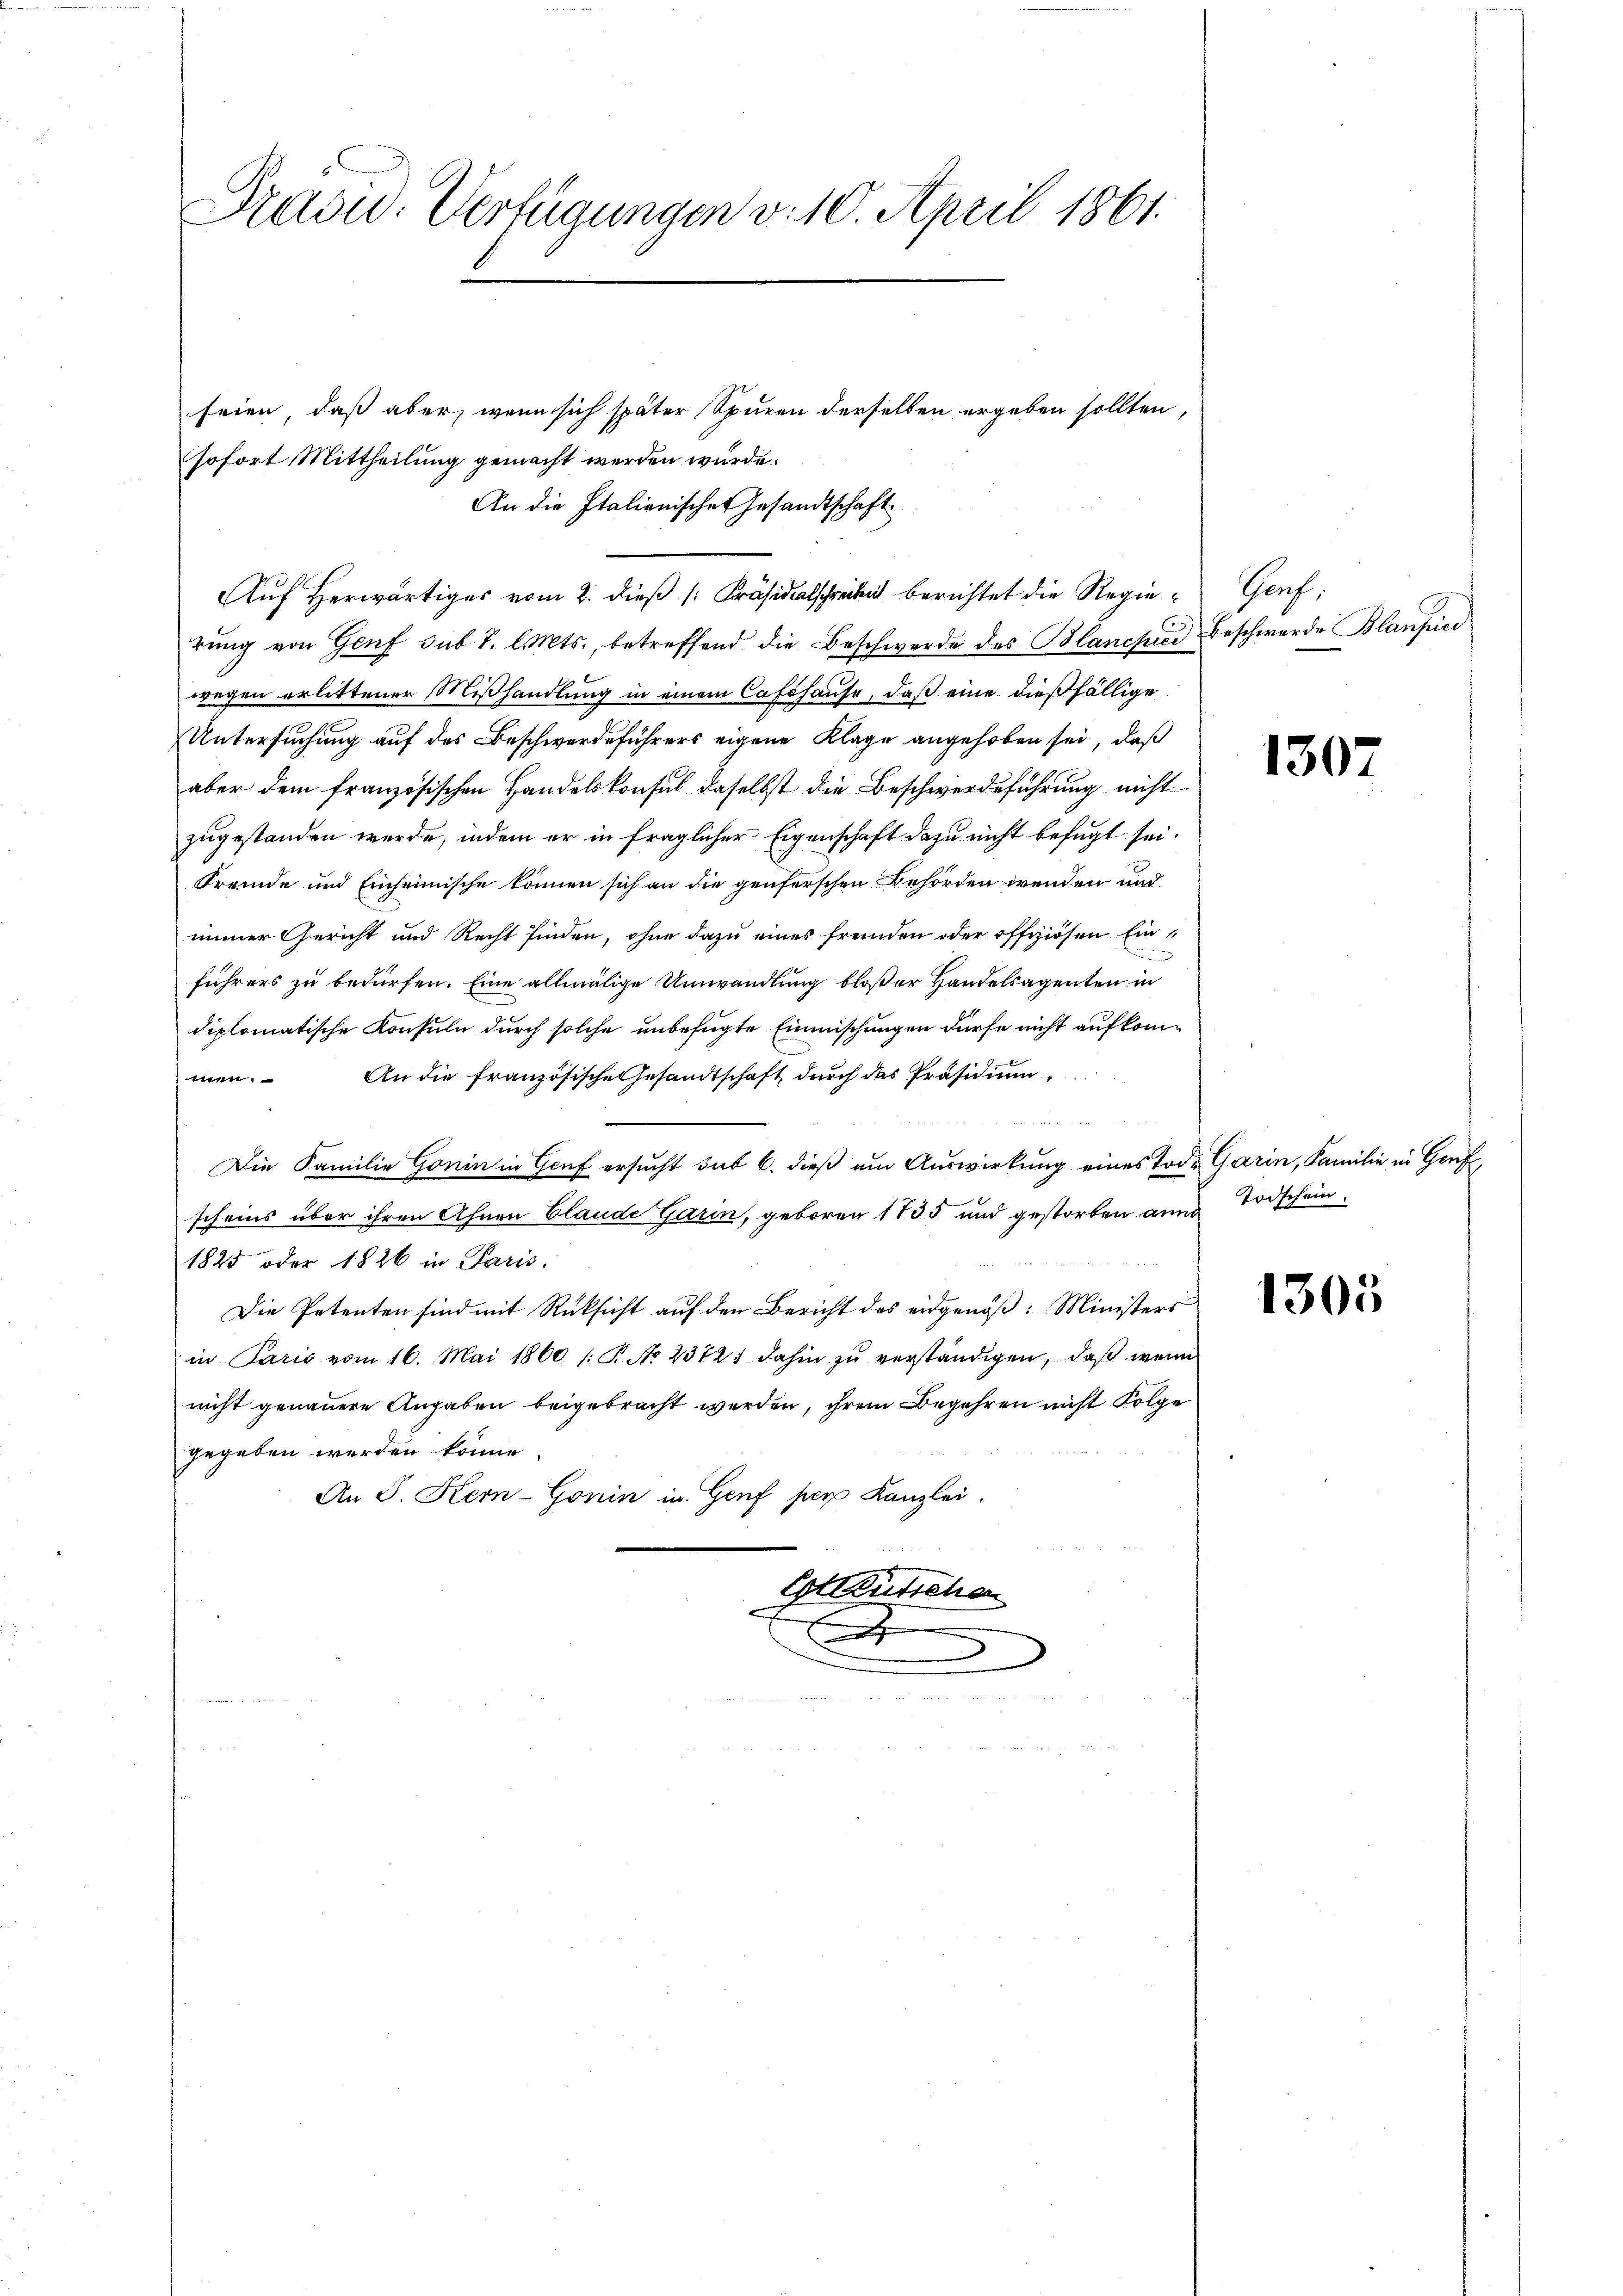
Pradu. Verfügungen v. 10. April 1861.

seien, daß aber, wenn sich später Spuren derselben ergeben sollten,
sofort Mittheilung gemacht werden würde.
An die Italienisches Gesandtschaft
Auf Herwärtiges vom 2. dieß [Präsidialschreiben berichtet die Regierŭng von Genf sub. 2. l. Mts., betreffend die Beschwerde des Blancpici Beschwerde Blaufun
wegen erlittener Mißhandlung in einem Cafshause, daß eine dießfällige
Untersuchung auf des Beschwerdeführers eigene Klage angehoben sei, daß
aber dem französischen Handelskonsul daselbst die Beschwerdeführung nicht
zugestanden werde, indem er in fraglicher Eigenschaft dazu nicht befugt sei.
Fremde und Einheimische können sich an die genferschen Behörden wenden und
immer Gericht und Recht finden, ohne dazu eines fremden oder offiziösen Einführers zu bedürfen. Eine allmälige Umwandlung bloßer Handelsagenten in
diplomatische Konsuln durch solche unbefugte Einmischungen dürfe nicht aufkommen. An die französische Gesandtschaft durch das Präsidium
Die Familie Gonin in Genf ersucht sub 6. dieß um Auswirkung eines Tode Garin, Familie in Genf,
scheins über ihren Ahnen blande Garin, geboren 1735 und gestorben ann Todschein
1825 oder 1826 in Paris.
Die Petenten sind mit Rücksicht auf den Bericht des eidgenöß: Ministers
in Parić vom 16. Mai 1860 /: P. N. 2372) dahin zŭ verständigen, daß wenn
nicht genauere Angaben beigebracht werden, ihrem Begehren nicht Folge
gegeben werden könne.
An J. Kern-Gonin in Genf per Kanzlei.
Estkutscher
E

Graf,

1302

1305